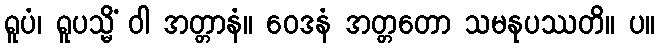
ရူပံ၊ ရူပသ္မိံ ဝါ အတ္တာနံ။ ဝေဒနံ အတ္တတော သမနုပဿတိ။ ပ။